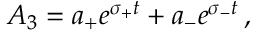
\begin{array} { r } { A _ { 3 } = a _ { + } e ^ { \sigma _ { + } t } + a _ { - } e ^ { \sigma _ { - } t } \mathrm { \, , } } \end{array}